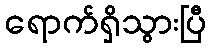
ရောက်ရှိသွားပြီ